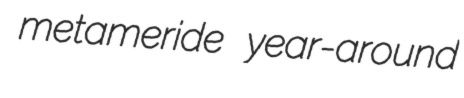
metameride year-around